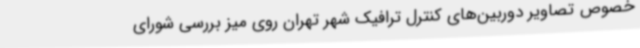
خصوص تصاویر دوربین‌های کنترل ترافیک شهر تهران روی میز بررسی شورای